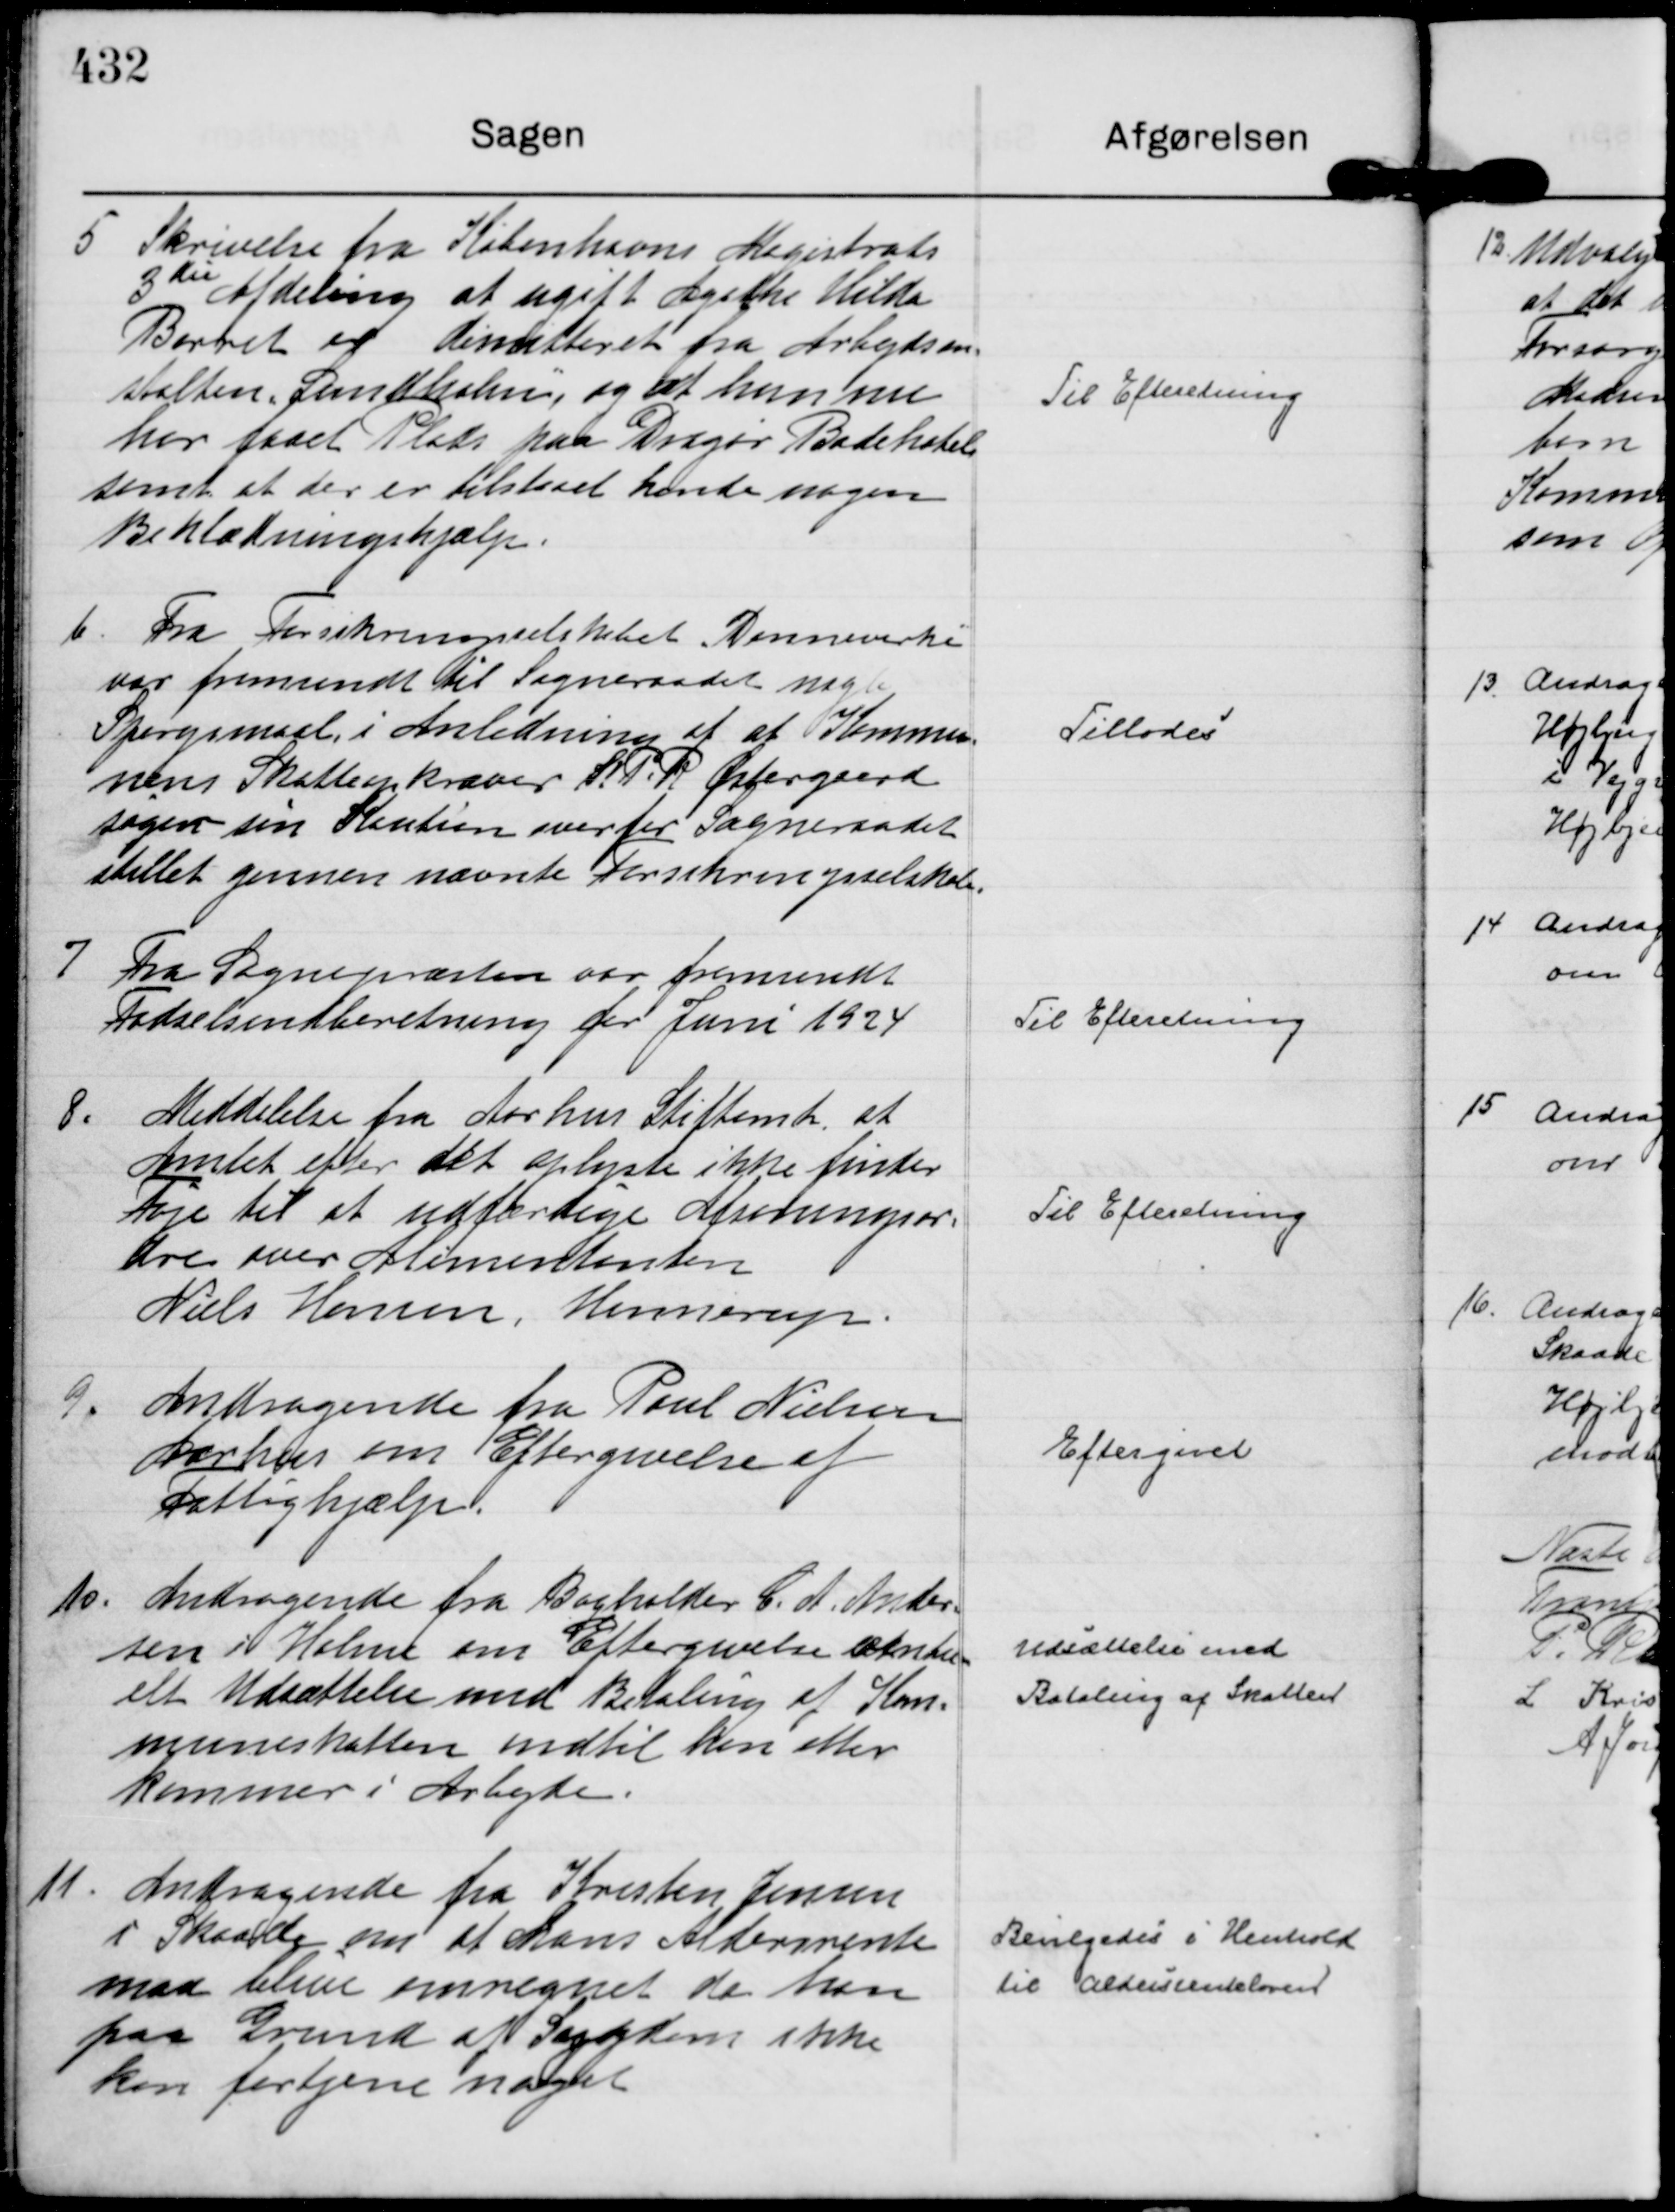
Transskription:
5
Skrivelse fra Københavns Magistrats
3die

Afdeling at ugift Agathe Hilda
Barret er Dimitteret fra Arbejdsan=
stalten" Sundholm "

, og at hun nu  
har faaet Plads paa Dragør Badehotel
samt at der er tilstaaet hende nogen
Beklædningshjælp.

Til Efteretning

6.
Fra Forsikringsselskabet "Danmark"

var fremsendt til Sogneraadet nogle
Spørgsmaal, i Anledning af at Kommu-
nens Skatteopkræver S. P. R Østergaard
søger sin Kaution overfor Sogneraadet
slettet gennem nævnte Forsikringsselskab.

Tillodes

7
Fra Sognepræsten var fremsendt
Fødselsindberetning for Juni 1924

Til Efteretning

8.
Meddelelse fra Aarhus Stiftamt, at 
Amtet efter det oplyste ikke finder
Føje til at udfærdige Afsoningsor=
dre over Alimentanten
Niels Hansen, Hinnerup.

Til Efteretning

9.
Andragende fra Poul Nielsen 
Aarhus om Eftergivelse af
Fattighjælp.

Eftergivet

10.
Andragende fra Bogholder C. A. Ander= 
sen i Holme om Eftergivelse eventu=
elt Udsættelse med Betaling af Kom=
muneskatten indtil han atter
kommer i Arbejde.

Udsættelse med
Betaling af Skatten

11.
Andragende fra Kresten Jensen
i Skaade om at hans Aldersrente 
maa blive omregnet da han
paa Grund af Sygdom ikke
kan fortjene noget

Bevilgedes i Henhold
til Aldersrenteloven